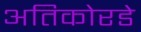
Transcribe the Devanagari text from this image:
अतिकोरडे